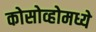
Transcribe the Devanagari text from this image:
कोसोव्होमध्ये